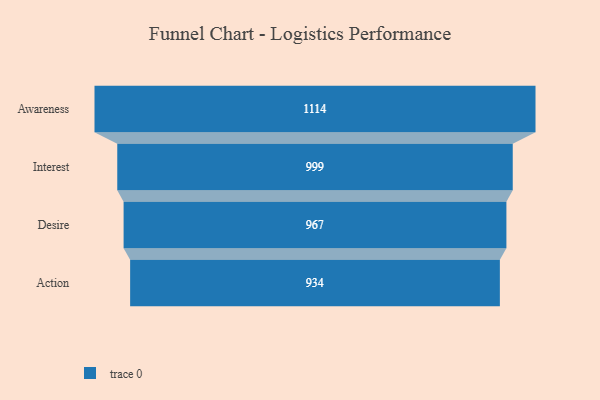
{"axis": {"x": "Stage", "y": "Value"}, "legend": [""], "data": [{"x": "Awareness", "y": 1114.0, "type": ""}, {"x": "Interest", "y": 999.0, "type": ""}, {"x": "Desire", "y": 967.0, "type": ""}, {"x": "Action", "y": 934.0, "type": ""}]}